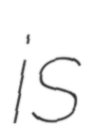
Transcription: is